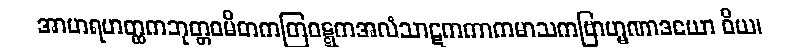
အာဟရဟတ္ထကဘုတ္တဝမိတကတြဝဋ္ဋကအလံသာဋကကာကမာသကဗြာဟ္မဏာဒယော ဝိယ၊